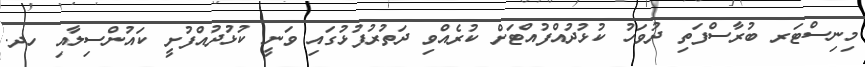
މިނިސްޓަރ ބުރާސްފަތި ދުވަހު ކުޅުދުއްފުއްޓަށް ކުރެއްވި ދަތުރުފުޅުގައި ވަނީ ކުޅުދުއްފުށީ ކައުންސިލާއި ހދ.